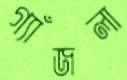
গ্যাঁজলা